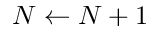
N \gets N + 1